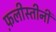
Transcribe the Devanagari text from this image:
फ़लीस्तीनी